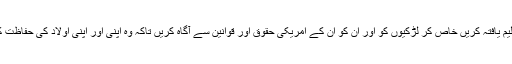
آپ اپنے بچوں کو بھی تعلیم یافتہ کریں خاص کر لڑکیوں کو اور ان کو ان کے امریکی حقوق اور قوانین سے آگاہ کریں تاکہ وہ اپنی اور اپنی اولاد کی حفاظت کرنے کے لائق بن سکیں۔